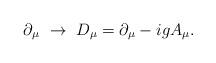
LaTeX: \begin{align*}\partial_{\mu}\ \rightarrow \ D_{\mu}=\partial_{\mu}-igA_{\mu}.\end{align*}